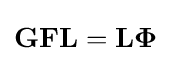
\mathbf {G} \mathbf {F} \mathbf {L} =\mathbf {L} {\boldsymbol {\Phi }}